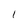
Character: 1